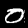
Label: 0